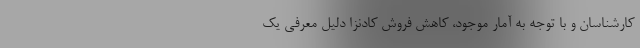
کارشناسان و با توجه به آمار موجود، کاهش فروش کادنزا دلیل معرفی یک